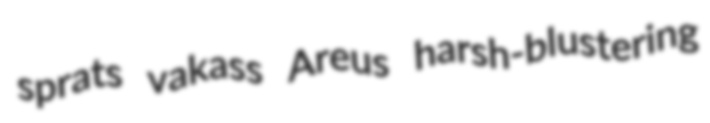
sprats vakass Areus harsh-blustering